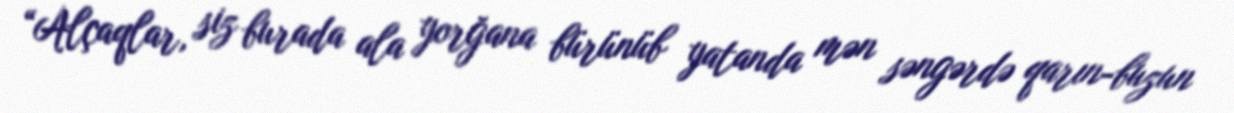
“Alçaqlar, siz burada ala yorğana bürünüb yatanda mən səngərdə qarın-buzun